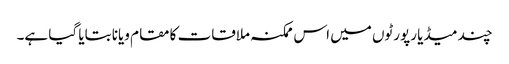
چند میڈیا رپورٹوں میں اس ممکنہ ملاقات کا مقام ویانا بتایا گیا ہے۔